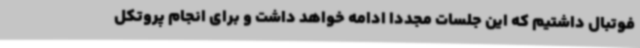
فوتبال داشتیم که این جلسات مجددا ادامه خواهد داشت و برای انجام پروتکل